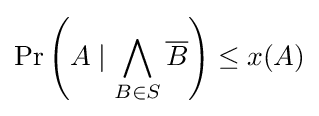
\Pr \left(A\mid \bigwedge _{B\in S}{\overline {B}}\right)\leq x(A)